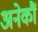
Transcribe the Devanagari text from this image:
अनेकौं